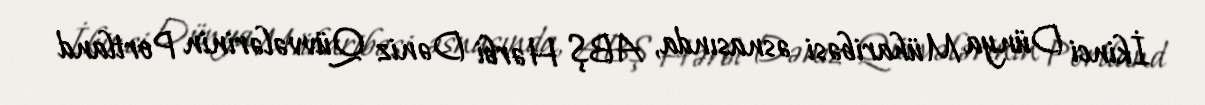
İkinci Dünya Müharibəsi əsnasında, ABŞ Hərbi Dəniz Qüvvələrinin Portland